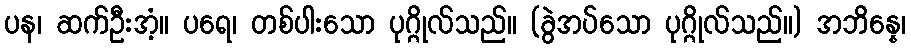
ပန၊ ဆက်ဦးအံ့။ ပရေ၊ တစ်ပါးသော ပုဂ္ဂိုလ်သည်။ (ခွဲအပ်သော ပုဂ္ဂိုလ်သည်။) အဘိန္နေ၊